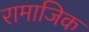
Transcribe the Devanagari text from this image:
रामाजिक